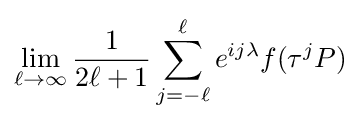
\lim _{\ell \rightarrow \infty }{\frac {1}{2\ell +1}}\sum _{j=-\ell }^{\ell }e^{ij\lambda }f(\tau ^{j}P)